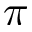
\pi